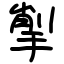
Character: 揱